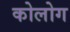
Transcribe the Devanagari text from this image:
कोलोग